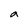
Character: a